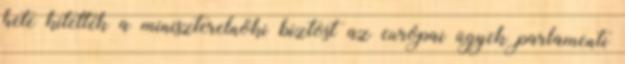
hete kitették a miniszterelnöki biztost az európai ügyek parlamenti